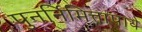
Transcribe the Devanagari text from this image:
पुनर्निमित्तापाये